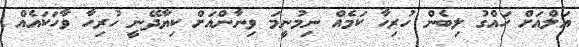
އަލްއަށް ހައްގު ލިބެން ހުރިހާ ކަމެއް ނިމުނީމަ ވިނާންއަށް ކިޔާދޭނީ ހުރިހާ ވާހަކައެއް